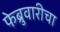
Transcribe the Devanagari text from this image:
फेब्रुवारीचा